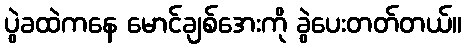
ပွဲခထဲကနေ မောင်ချစ်အေးကို ခွဲပေးတတ်တယ်။